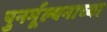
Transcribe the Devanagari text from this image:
पुनर्मूल्यनाच्या